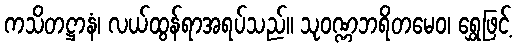
ကသိတဋ္ဌာနံ၊ လယ်ထွန်ရာအရပ်သည်။ သုဝဏ္ဏဘရိတမေဝ၊ ရွှေဖြင့်